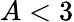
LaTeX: A<3